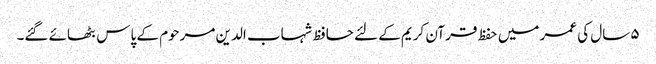
۵ سال کی عمر میں حفظ قرآن کریم کے لئے حافظ شہاب الدین مرحوم کے پاس بٹھائے گئے۔